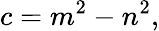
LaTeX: c=m^{2}-n^{2},